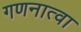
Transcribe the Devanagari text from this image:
गणनात्वा